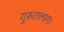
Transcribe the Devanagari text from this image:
गुरुतल्पगः